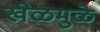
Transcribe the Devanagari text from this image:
खेळमुळे